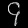
Digit: ၄